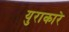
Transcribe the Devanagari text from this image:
युराकारे